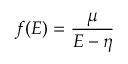
f ( E ) = \frac { \mu } { E - \eta }